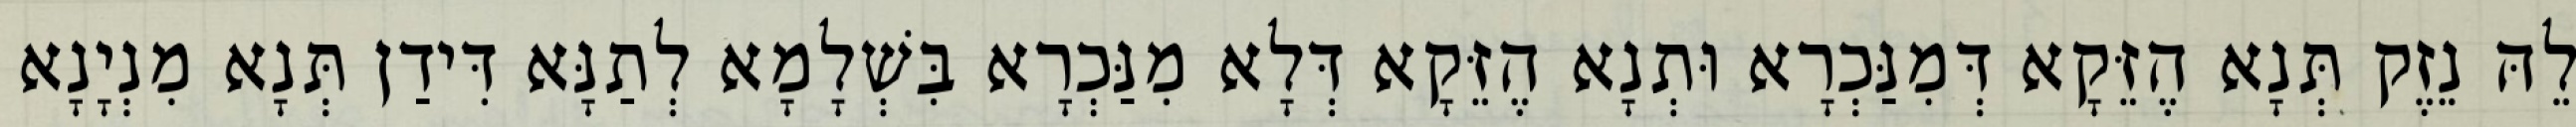
לֵהּ נֵזֶק תְּנָא הֶזֵּקָא דְּמִנַּכְרָא וּתְנָא הֶזֵּקָא דְּלָא מִנַּכְרָא בִּשְׁלָמָא לְתַנָּא דִּידַן תְּנָא מִנְיָנָא